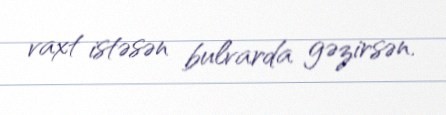
vaxt istəsən bulvarda gəzirsən.